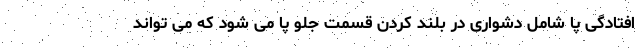
افتادگی پا شامل دشواری در بلند کردن قسمت جلو پا می شود که می تواند